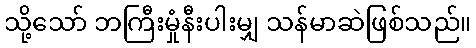
သို့သော် ဘကြီးမှုံနီးပါးမျှ သန်မာဆဲဖြစ်သည်။